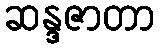
ဆန္ဒဇာတာ